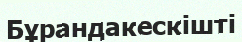
Бұрандакескішті